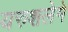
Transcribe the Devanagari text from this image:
यरुशलेमे